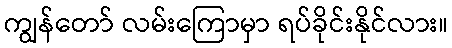
ကျွန်တော် လမ်းကြောမှာ ရပ်ခိုင်းနိုင်လား။